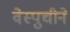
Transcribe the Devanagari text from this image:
वेस्पुचीने